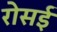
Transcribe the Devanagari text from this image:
रोसई